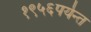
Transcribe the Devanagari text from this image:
१९५६पर्यन्त